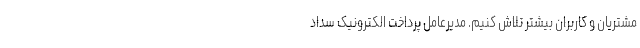
مشتریان و کاربران بیشتر تلاش کنیم. مدیرعامل پرداخت الکترونیک سداد